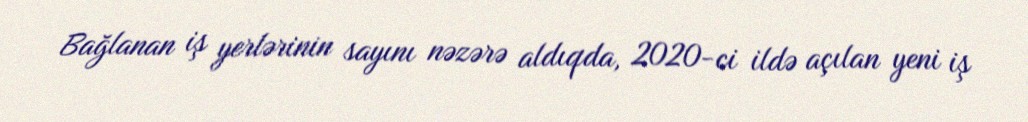
Bağlanan iş yerlərinin sayını nəzərə aldıqda, 2020-ci ildə açılan yeni iş